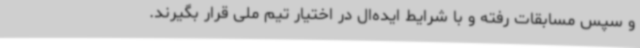
و سپس مسابقات رفته و با شرایط ایده‌ال در اختیار تیم ملی قرار بگیرند.